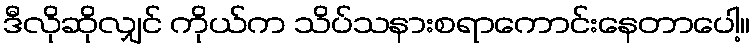
ဒီလိုဆိုလျှင် ကိုယ်က သိပ်သနားစရာကောင်းနေတာပေါ့။